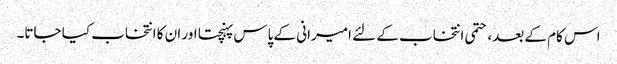
اس کام کے بعد، حتمی انتخاب کے لئے امیرانی کے پاس پہنچتا اور ان کا انتخاب کیا جاتا۔